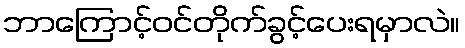
ဘာကြောင့်ဝင်တိုက်ခွင့်ပေးရမှာလဲ။